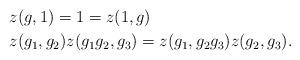
LaTeX: \begin{align*}&z(g,1)=1=z(1,g)\\&z(g_1,g_2)z(g_1g_2,g_3)=z(g_1,g_2g_3)z(g_2,g_3).\end{align*}